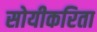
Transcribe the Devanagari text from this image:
सोयीकरिता